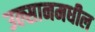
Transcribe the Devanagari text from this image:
उल्सानमधील